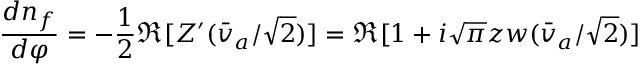
{ \frac { d n _ { f } } { d \varphi } } = - { \frac { 1 } { 2 } } \Re [ Z ^ { \prime } ( \bar { v } _ { a } / \sqrt { 2 } ) ] = \Re [ 1 + i \sqrt { \pi } z w ( \bar { v } _ { a } / \sqrt { 2 } ) ]